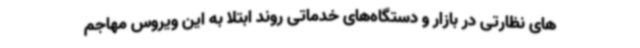
های نظارتی در بازار و دستگاه‌های خدماتی روند ابتلا به این ویروس مهاجم